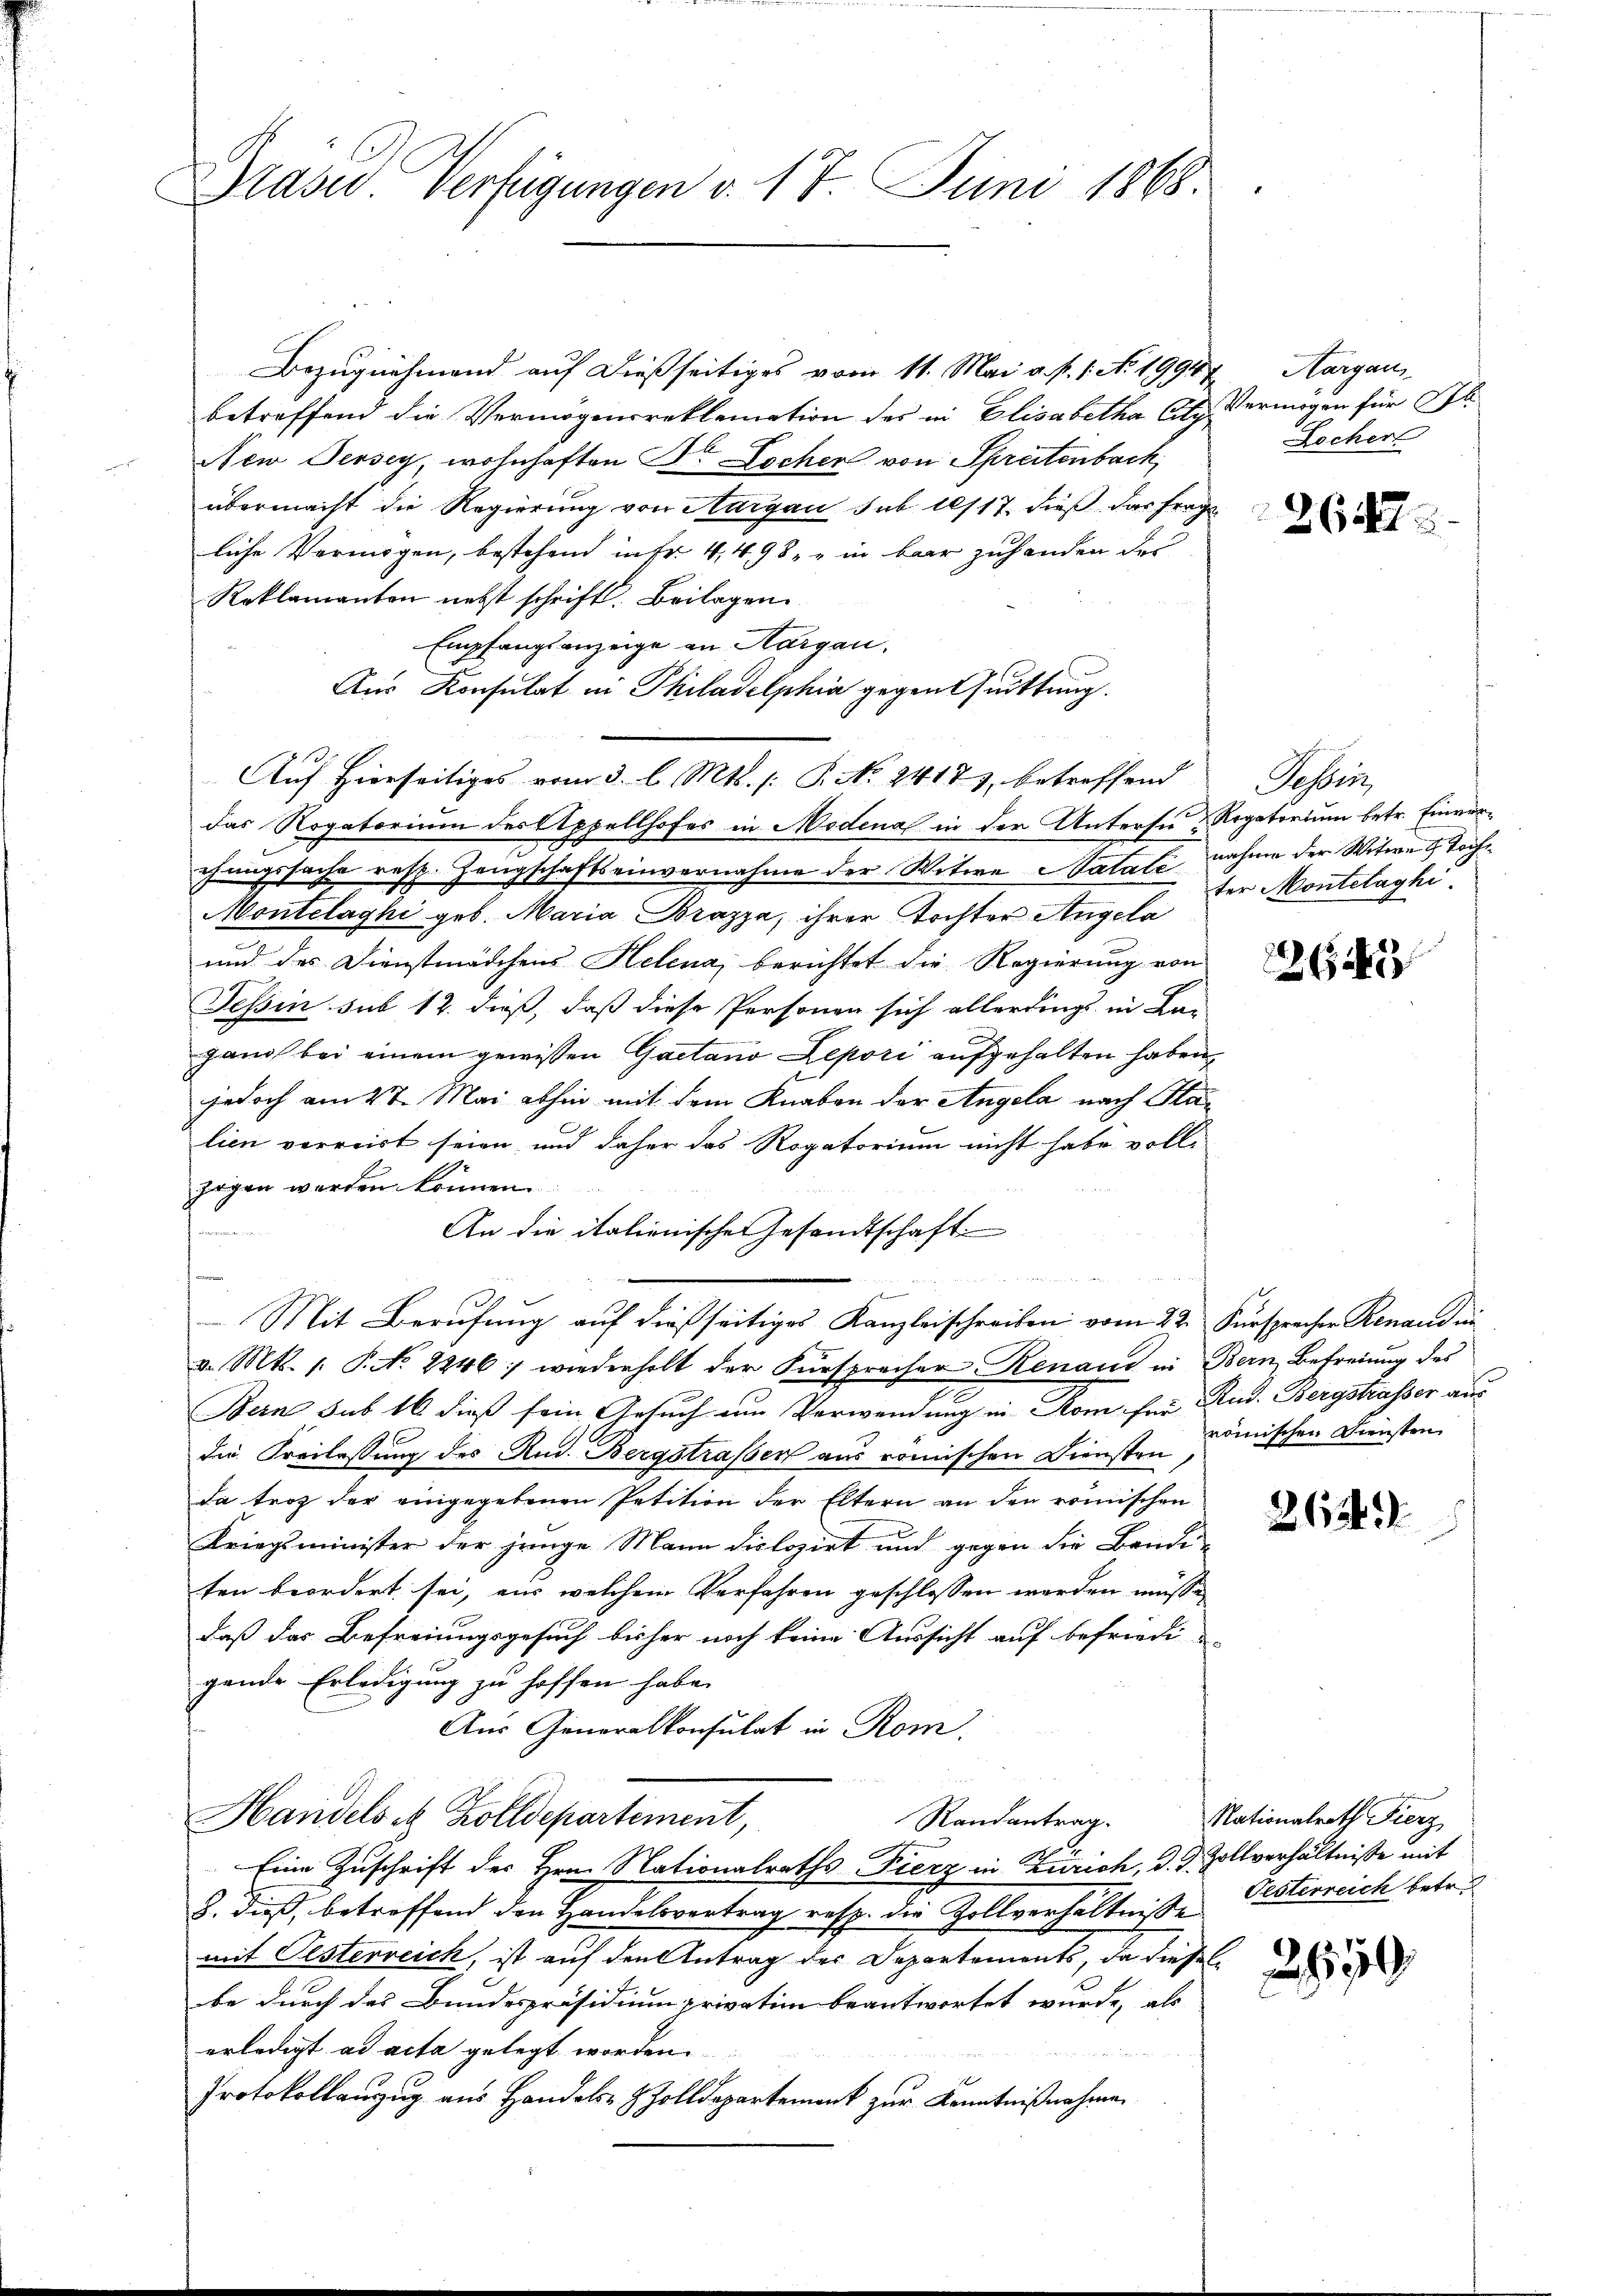
.
Präsid Verfügungen v. 17. Juni 1868.

Bezugnahmend auf dießseitiges vom 11. Mai v. P. 1. No. 1994
betreffend die Vermögensreklamation des in Elisabetha Atz Vermögen für Ob
New Jersey, wohnhaften Dr Locher von Spretenbach,
übermacht die Regierung von Aargau sub 10/17. dieß das Frage
liche Vermögen, bestehend in Fr. 4498. in bar zuhanden der
Reklamanten nebst schrift. Beilagen
Empfangsanzeige an Margau.
Aus Konsulat in Philadelphia gegentuittung.
das Rogatorium der Appellhofes in Modena in der Untersu & Rogatorium betr. Einverchungssache resp. Zeugschaftseinvernahme der Witwe Natali nahme der Witwe u Tocht
Montelaghi geb. Maria Brazza, ihrer Tochter Angela
und des Dienstmädchens Helena, berichtet die Regierung von
Tessin sub 12. dieß, daß diese Personen sich allerdings in Lei-
gand bei einem gewissen Gaetano Zepori aufgehalten haben,
jedoch am 27. Mai abhin mit dem Knaben der Angela nach Halien verreist seien und daher das Rogatorium nicht habe vollsogen werden können
An die italienische Gesandtschaft.
u
- Mit Berufung auf dießseitiges Kanzleischreiben vom 22. Fürsprecher Renaudii
v. Mts. 1. P. No. 2246 : wiederholt der Fürspracher Renaus in Bern Befreiung des
Bern sub 16. dieß sein Gesuch um Verwendung in Rom far Rud. Bergstrasser aus
die Freilassung des Rud. Bergstrasser aus römischen Diensten
Da trop der eingegebenen Petition der Eltern an den römischen
Kriegsminister der junge Mann dislozirt und gegen die Bande-
ten beordert sei, aus welchem Verfahren geschlossen werden müssen
daß das Befreiungsgesuch bisher noch keine Aussicht auf befriedi-
gende Erledigung zu hoffen habe.
Aus Generalkonsulat in Rom.
Handels et Zolldepartement,
Randantrag.
Eine Zuschrift der Hrn. Nationalraths-Fierz in Zürich, d. J. Zollverhältnisse mit
8. dieß, betreffend den Handelsvertrag resp. die Zollverhältniße Oesterreich betr.
mit Oesterreich, ist auf den Antrag des Departements, da dieses
be durch das Bundespräsidium privation beantwortet wurde, als
erledigt ad acta gelegt worden.
s
Protokollanzug aus Handels- & Zolldepartement zur Kenntnißnahmen

Auf Hierseitiges vom 3. l. Mts. (: P. No. 2417), betreffend

Aargau
Zecher

264

Gassen
ter Montelaghi

64

römischen Diensten
2659

Nationalrath Fierz

259.